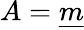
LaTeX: A={\underline{{m}}}